King Institute of Preventive Medicine Micro-Biological Section reports 1909-11
Year: 1909
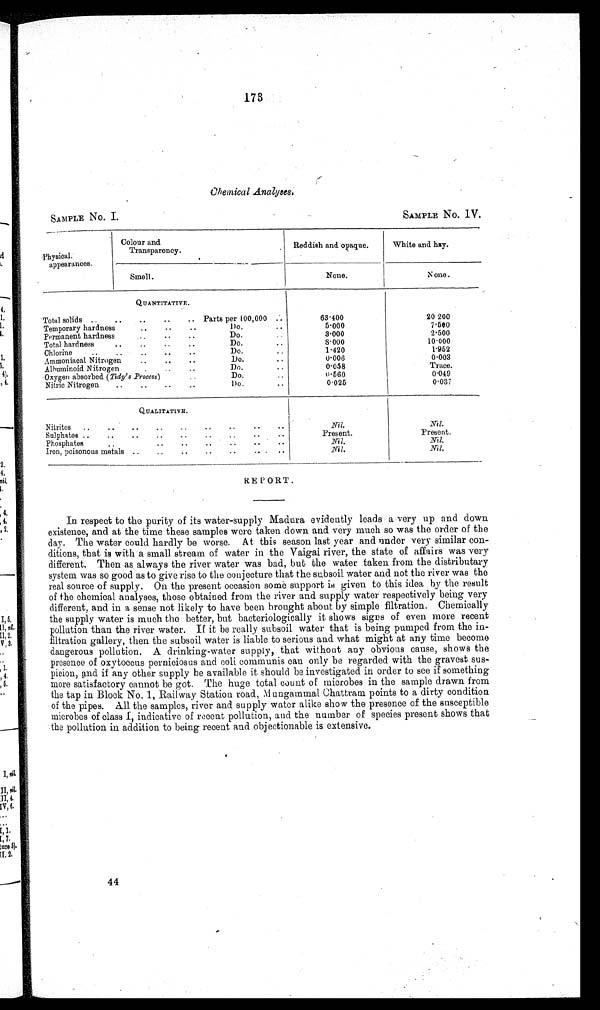
173
Chemical Analyses.
SAMPLE No. I.
SAMPLE No. IV.
Physical.
appearances.
Colour and
Transparency.
Reddish and opaque.
White and hzy.
Smell.
None.
None.
QUANTITATIVE.
Total solids ..
..
..
..
.. Parts per 100,000 ..
63.400
20 200
Temporary hardness
..
Do.
..
5.000
7.500
Permanent hardness
..
..
Do.
3.000
2.500
Total hardness
..
..
Do.
..
8.000
10.000
Chlorine
..
..
..
..
..
Do.
. .
1.420
1.952
Ammoniacal Nitrogen
..
..
..
Do.
..
0.006
0.003
Albuminoid Nitrogen
..
..
Do.
..
0.058
Trace.
Oxygen absorbed ( Tidy's Process )
Do.
. .
0.560
0.049
Nitric Nitrogen ..
..
..
..
Do.
..
0 . 0 2 5
0.037
Q U A L I T A T I V E .
Nitrites ..
..
..
..
..
..
..
..
Nil. Nil.
Sulphates ..
..
..
..
..
..
..
..
Present.
Present.
Phosphates
..
..
..
..
Nil.
Nil.
Iron, poisonous metals ..
..
..
..
..
.. . .
. .
Nil.
Nil.
REPORT.
In respect to the purity of its water-supply Madura evidently leads a very up and down
existence, and at the time these samples were taken down and very much so was the order of the
day. The water could hardly be worse. At this season last year and under very similar con-
ditions, that is with a small stream of water in the Vaigai river, the state of affairs was very
different. Then as always the river water was bad, but the water taken from the distributary
system was so good as to give rise to the conjecture that the subsoil water and not the river was the
real source of supply. On the present occasion some support is given to this idea by the result
of the chemical analyses, those obtained from the river and supply water respectively being very
different, and in a sense not likely to have been brought about by simple filtration. Chemically
the supply water is much the better, but bacteriologically it shows signs of even more recent
pollution than the river water. If it be really subsoil water that is being pumped from the in-
filtration gallery, then the subsoil water is liable to serious and what might at any time become
dangerous pollution. A drinking-water supply, that without any obvious cause, shows the
presence of oxytoccus perniciosus and coli communis can only be regarded with the gravest sus-
picion, and if any other supply be available it should be investigated in order to see if something
more satisfactory cannot be got. The huge total count of microbes in the sample drawn from
the tap in Block No. 1, Railway Station road, Mungammal Chattram points to a dirty condition
of the pipes. All the samples, river and supply water alike show the presence of the susceptible
microbes of class I, indicative of recent pollution, and the number of species present shows that
the pollution in addition to being recent and objectionable is extensive.
44